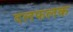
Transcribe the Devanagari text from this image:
दलफलक